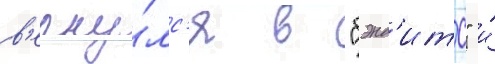
в'ерну́лс'я в "бэнд'итс" и́